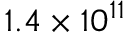
1 . 4 \times 1 0 ^ { 1 1 }